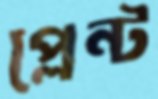
প্লেন্ট